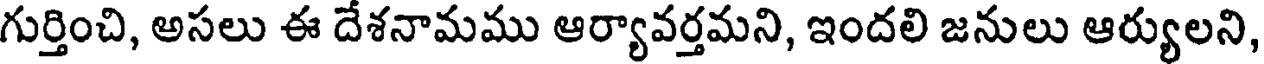
గుర్తించి, అసలు ఈ దేశనామము ఆర్యావర్తమని, ఇందలి జనులు ఆర్యులని,